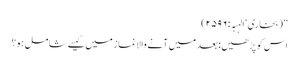
‘‘ (بخاری‘ الہبہ: ۲۵۹۶)
اس کو پڑھیں: بعد میں آنے والا نماز میں کیسے شامل ہو؟